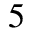
5